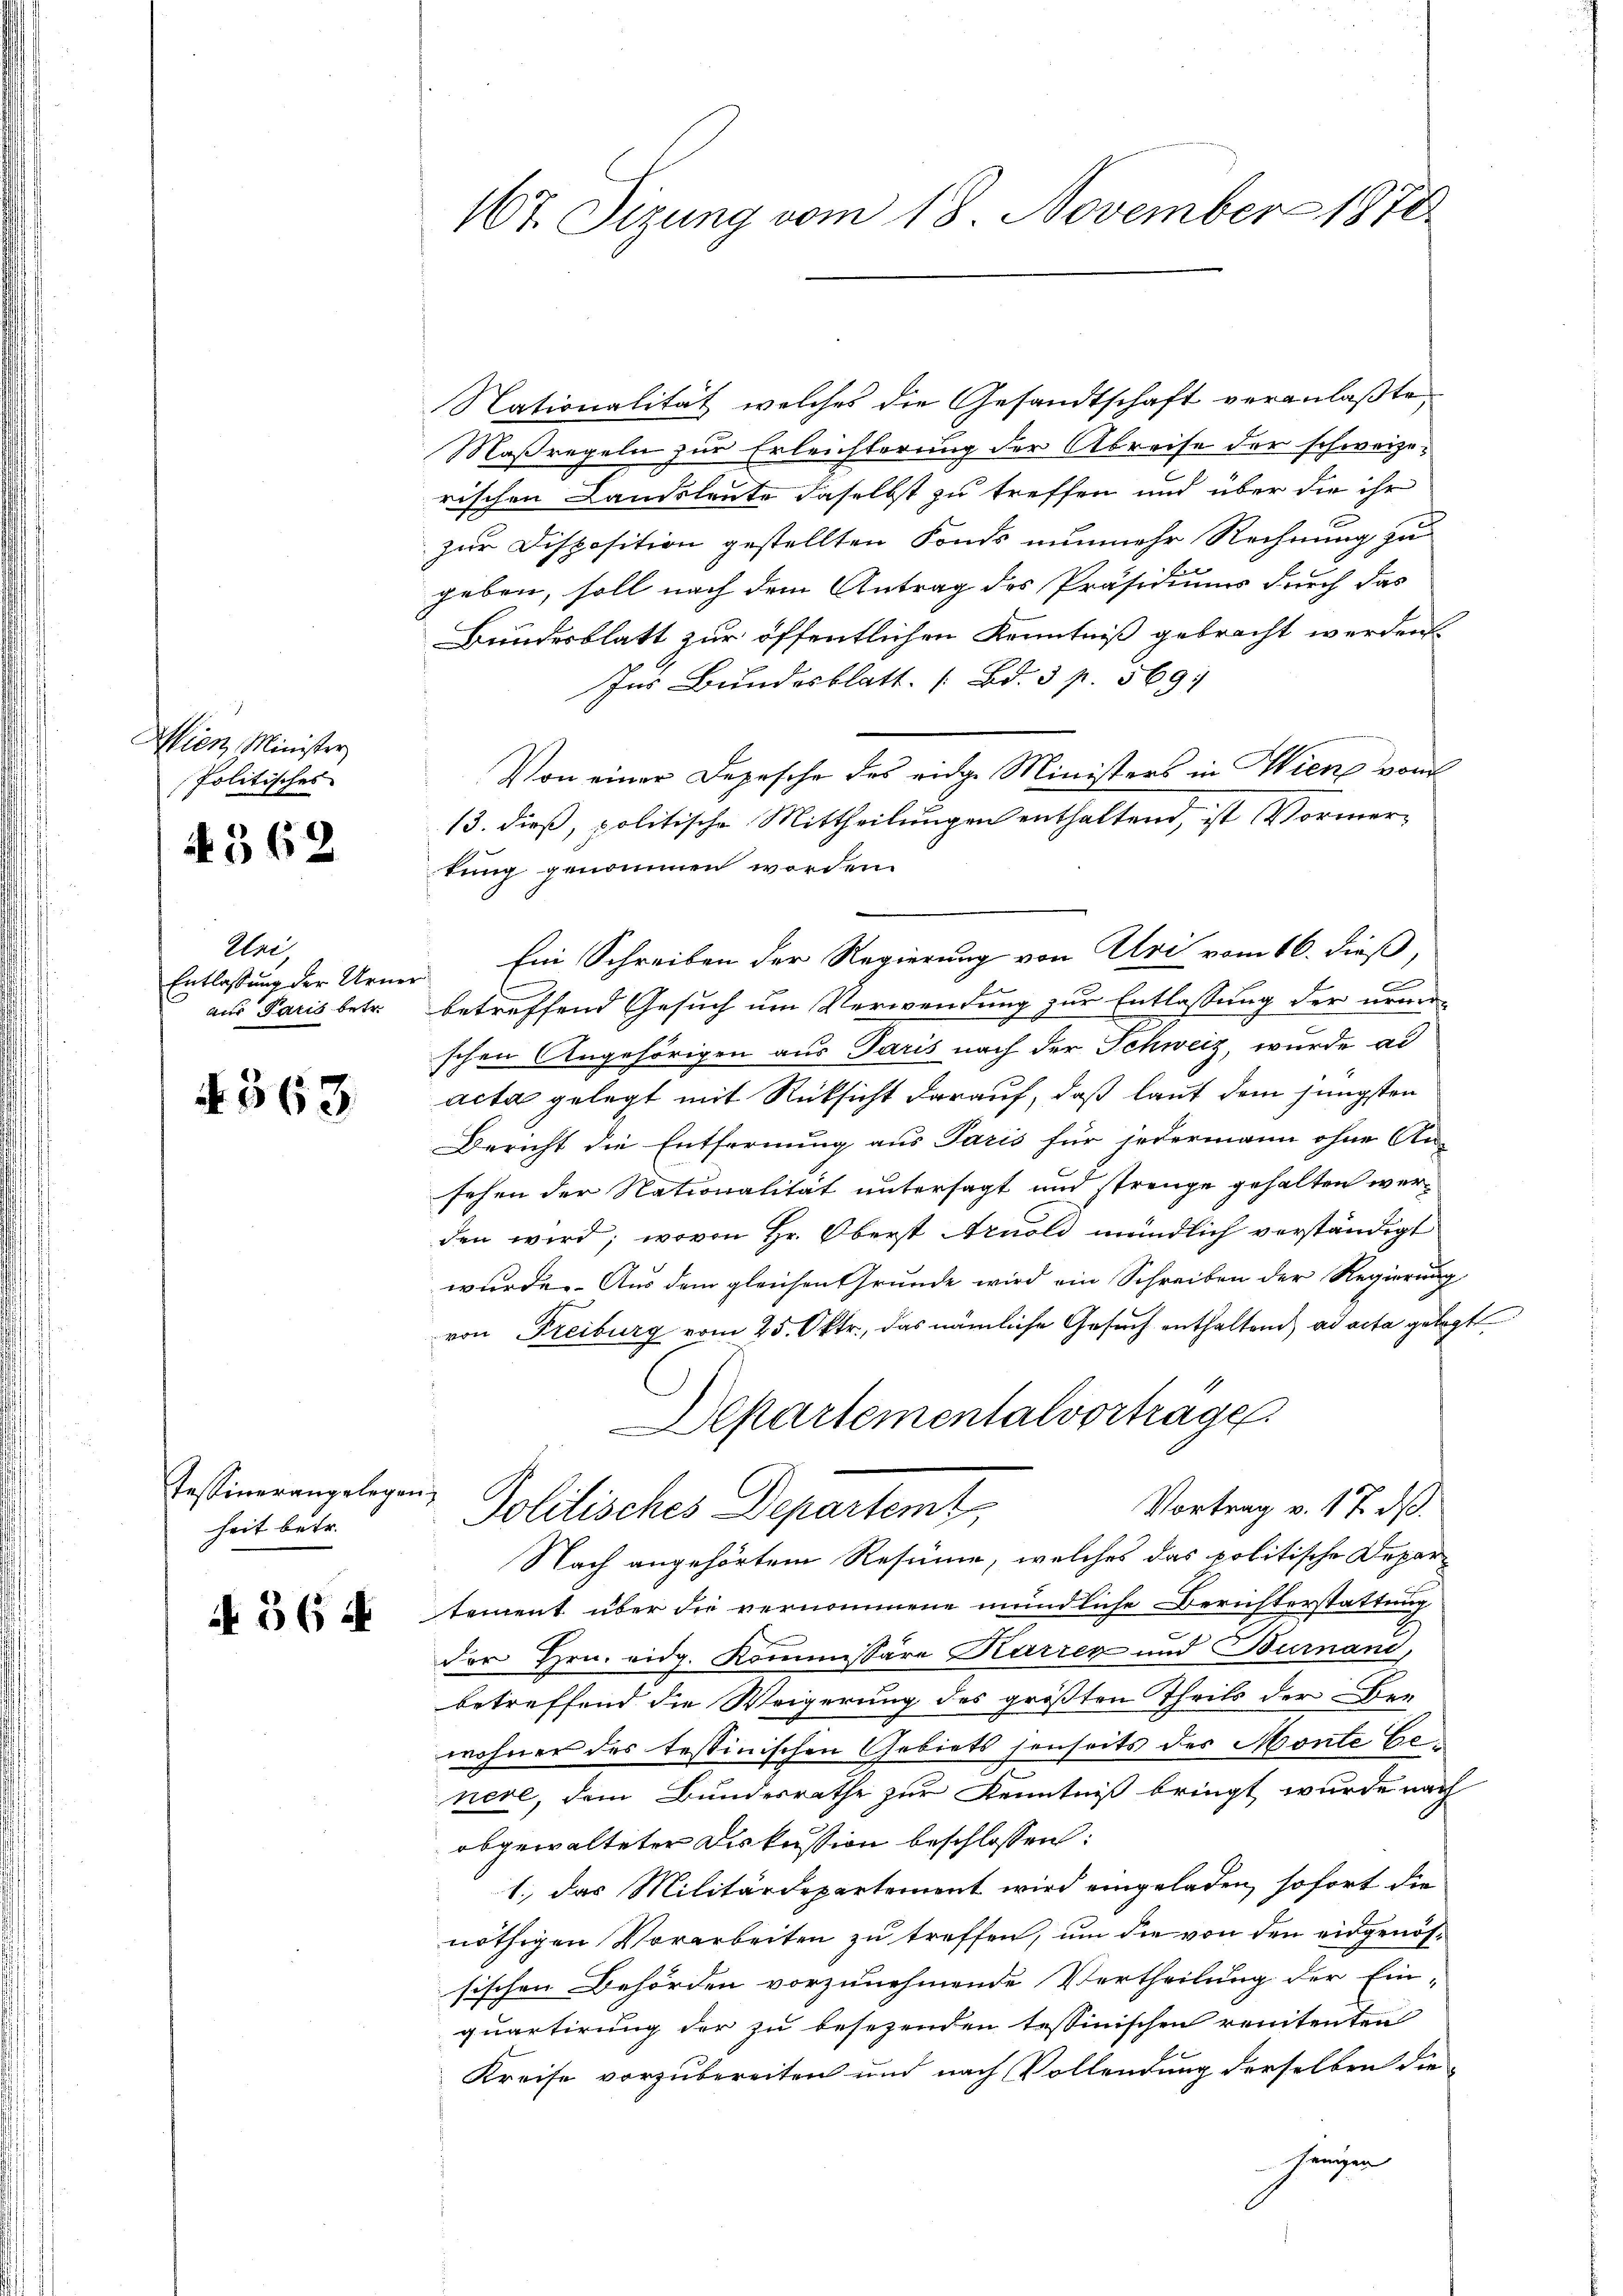
Wien Minister
Politisches
4362

Mai,
Entlassung der Urner
aus Paris betr.

4363.

Tessiner angelegen,
heit betr.

N 56 4

167. Sizung vom 18. November 1878

Nationalität, welches die Gesandtschaft veranlaßte,
Maßregeln zur Erleichterung der Abreise der schweizerischen Landsleute daselbst zu treffen und über die ihr
zur Disposition gestellten Fonds nunmehr Rechnung zu
geben, soll nach dem Antrag des Präsidiums durch das
Bundesblatt zur öffentlichen Kenntniß gebracht werden
Ins Bundesblatt. (Bd. 3 p. 5691
Von einer Depesche des eidge Ministers in Wien von
13. dieß, politische Mittheilungen enthaltend, ist Vormerkung genommen worden.
Ein Schreiben der Regierung von Uri vom 16. dieß,
.
betreffend Gesuch um Verwendung zur Entlassung der neue
schen Angehörigen aus Paris nach der Schweiz, wurde al
acta gelegt mit Rücksicht darauf, daß laut dem jüngsten
Bericht die Entfernung aus Paris für jedermann ohne An-
sehen der Nationalität untersagt und strenge gehalten werden wird; wovon Hr. Oberst Arnold mündlich verständigt
wurde. Aus dem gleichen Grunde wird ein Schreiben der Regierung
von Freiburg vom 25. Oktr., das nämliche Gesuch enthaltend ad acta gelegt
Departementalvortrage
Vortrag v. 17. ds.
Politisches Departemt,
Nach angehörtem Resumme, welches das politische Departement über die vernommene mündliche Berichterstattung
der Hrn. eidg. Kommissäre Karrer und Burnand,
betreffend die Weigerung des größten Theils der Ber
wohner des testinischen Gebiets jenseits des Monte Genere, dem Bundesrathe zur Kenntniß bringt wurde nach
obgewalteter Diskussion beschlossen:
1. das Militärdepartement wird eingeladen, sofort die
nöthigen Vorarbeiten zu treffen, um die von den eidgenössischen Behörden vorzunehmende Vertheilung der Ein-
quartirung der zu besezenden tessinischen renitenten
Kreise vorzubereiten und nach Vollendung derselben die
Zeugen